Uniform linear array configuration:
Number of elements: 4
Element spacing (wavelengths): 0.25
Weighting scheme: exponential
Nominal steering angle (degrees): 15
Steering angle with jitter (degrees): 16.881
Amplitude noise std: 0.05
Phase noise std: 0.05

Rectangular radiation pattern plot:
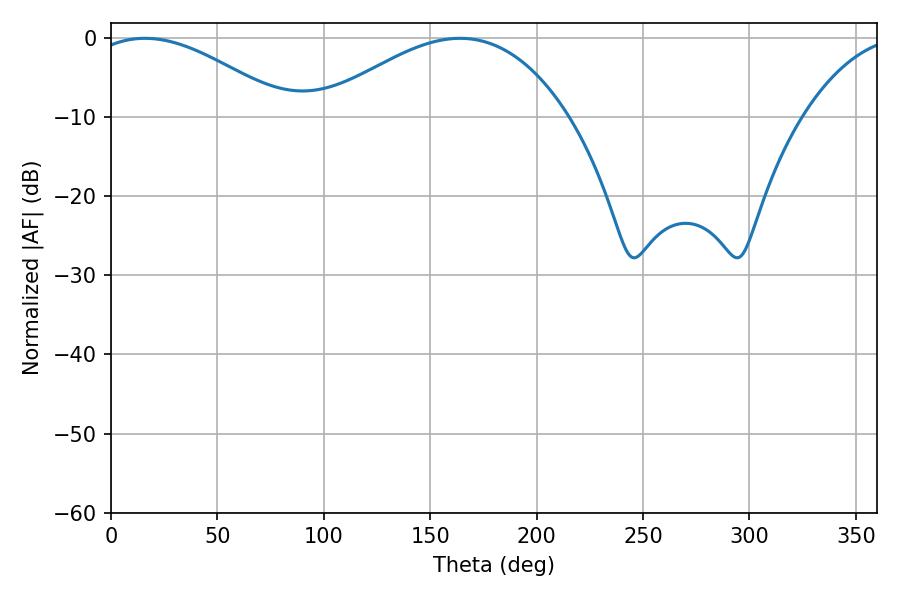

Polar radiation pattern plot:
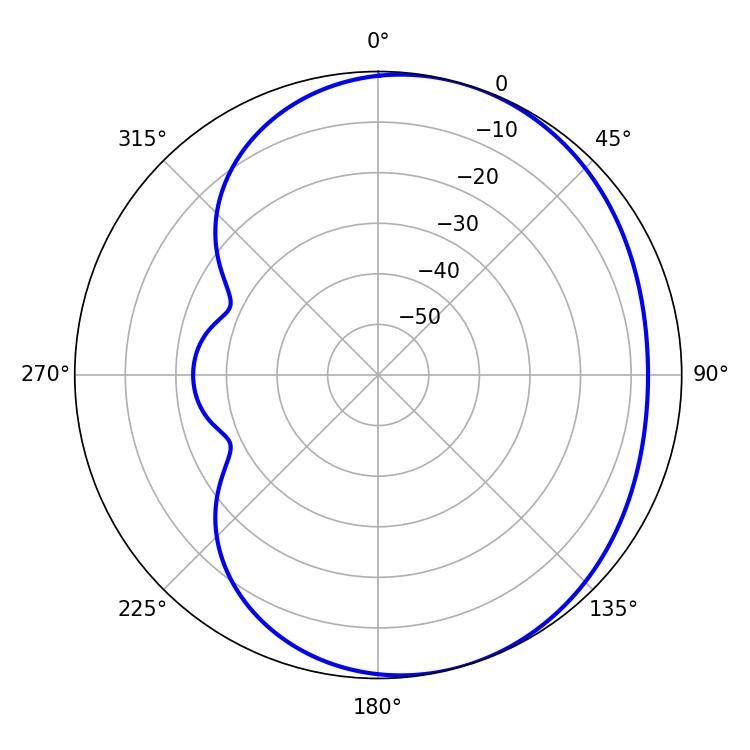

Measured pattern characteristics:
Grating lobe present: FALSE
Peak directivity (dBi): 3.831
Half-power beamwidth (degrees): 51.48
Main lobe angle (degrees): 16.02